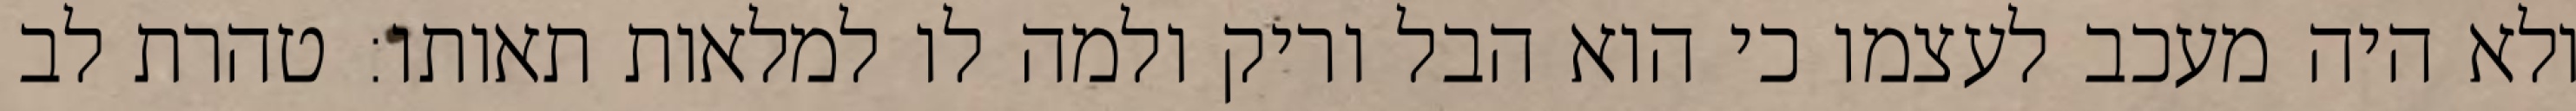
ולא היה מעכב לעצמו כי הוא הבל וריק ולמה לו למלאות תאותו: טהרת לב